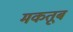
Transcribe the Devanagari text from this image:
मकतूब